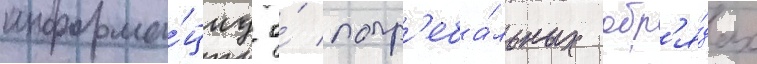
информа́циу о́ погр'еба́льных обр'я́дах